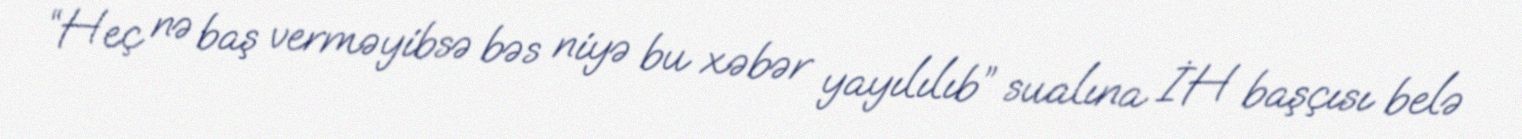
“Heç nə baş verməyibsə bəs niyə bu xəbər yayılılıb” sualına İH başçısı belə